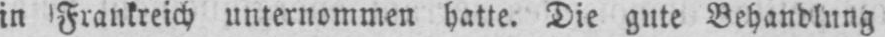
in Frankreich unternommen hatte. Die gute Behandlung